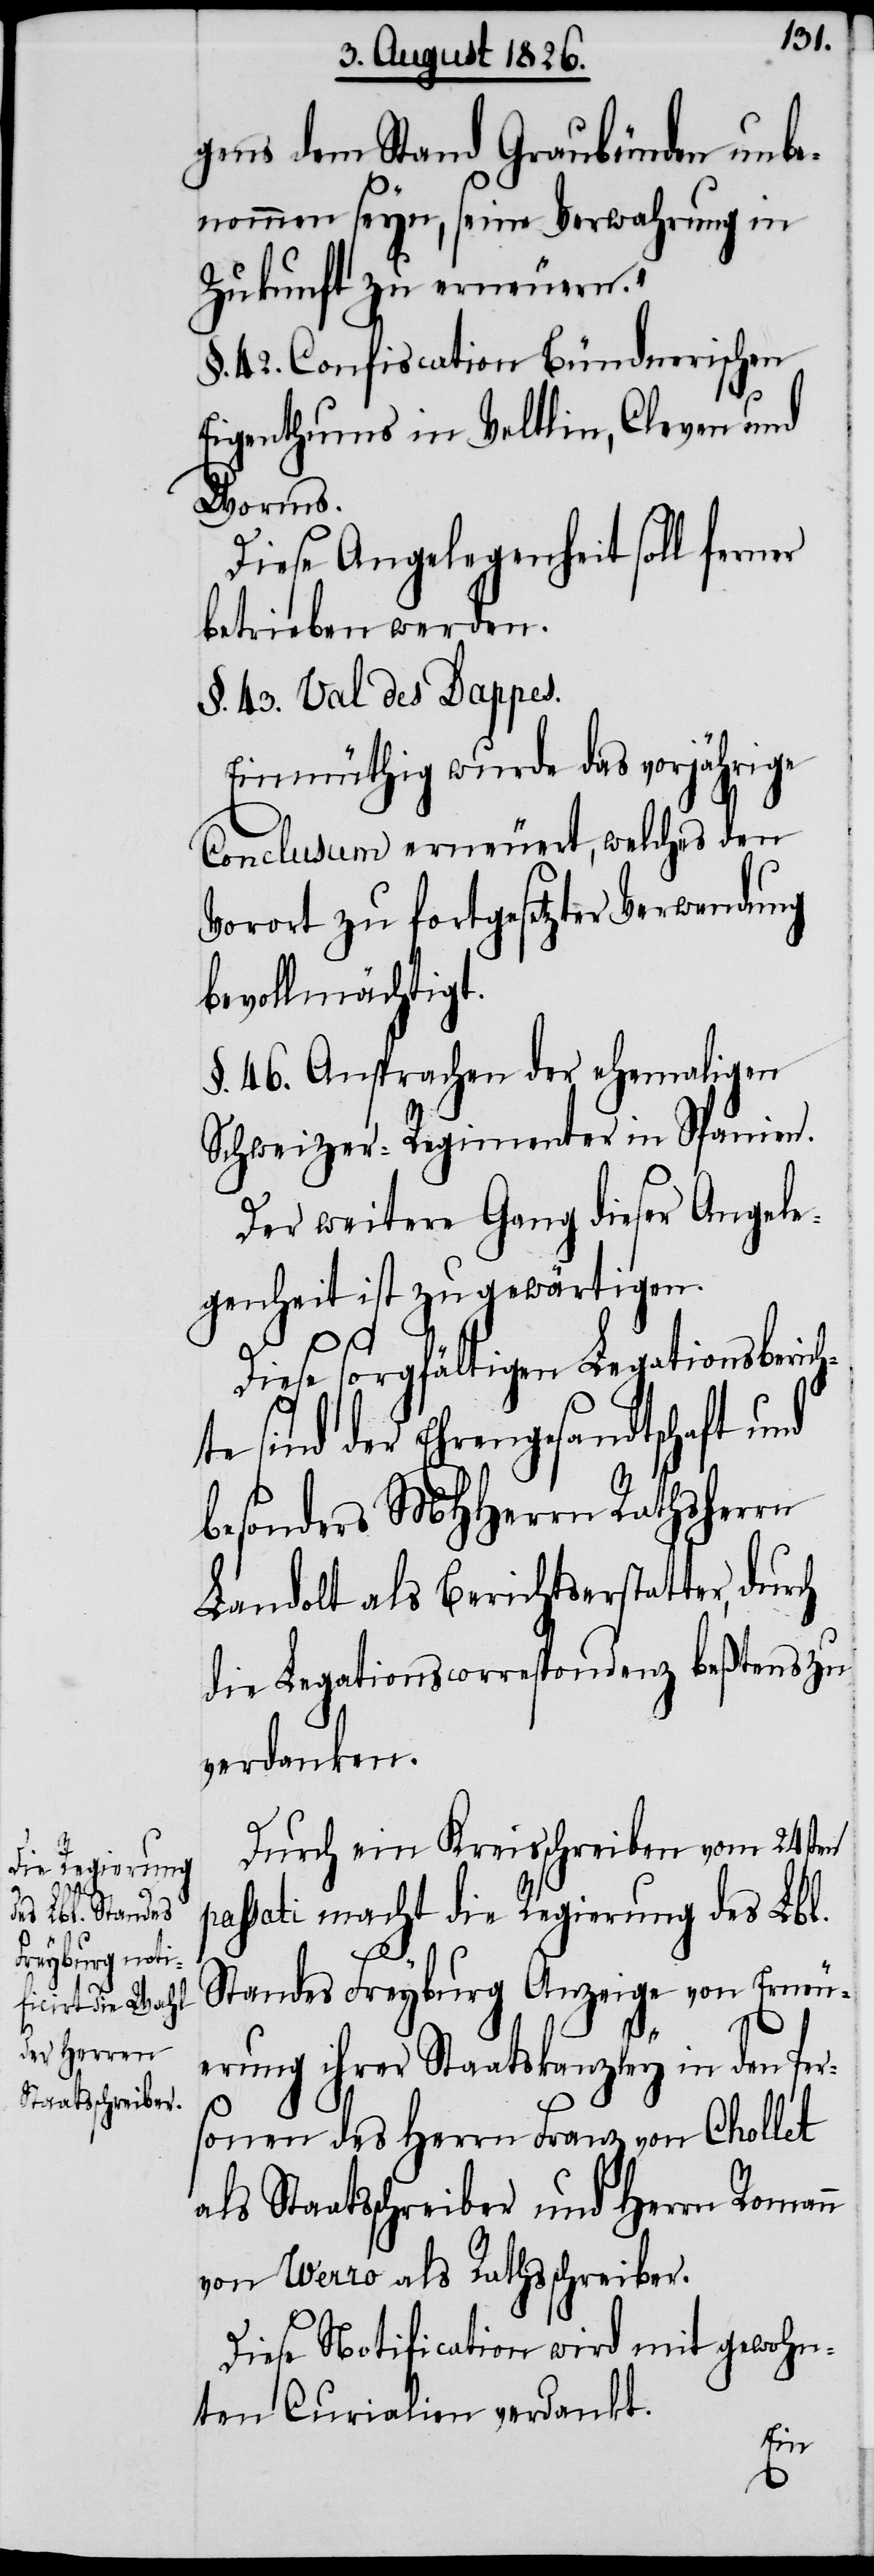
gens dem Stand Graubünden unbe¬
nommen seyn, seine Verwahrung in
Zukunft zu erneuern.“
§. 42. Confiscation Bündnerischen
Eigenthums in Veltlin, Cleven und
Worms.
Diese Angelegenheit soll ferner
betrieben werden.
§. 43. Val des Dappes.
Einmüthig wurde das vorjährige
Conclusum erneuert, welches den
Vorort zu fortgesetzter Verwendung
bevollmächtigt.
§. 46. Ansprachen der ehemaligen
Schweizer-Regimenter in Spanien.
Der weitere Gang dieser Angele¬
genheit ist zu gewärtigen.
Diese sorgfältigen Legationsberi¬
te sind der Ehrengesandtschaft und
besonders MHHerrn Rathsherrn
Landolt als Berichtserstatter, durch
die Legationscorrespondenz beßtens zu
verdanken.
Durch ein Kreisschreiben vom 24sten
passati macht die Regierung des Lbl.
ch¬
Standes Freyburg Anzeige von Erneu¬
erung ihrer Staatskanzley in den Per¬
sonen des Herrn Franz von Chollet
als Staatsschreiber und Herrn Roman
von Vezzo als Rathsschreiber.
Diese Notification wird mit gewohn¬
ten Curialien verdankt.